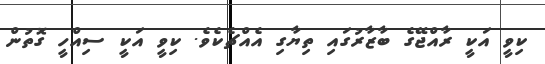
ކިވީ އަކީ ރާއްޖޭގެ ބާޒާރުގައި ތިޔާގި އެއްޗެކެވެ. ކިވީ އަކީ ސިއްހީ ގޮތުން